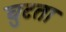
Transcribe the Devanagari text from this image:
घुटता